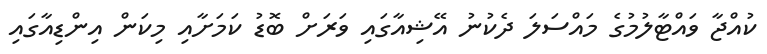
ކުއްޖާ ވައްޓާލުމުގެ މައްސަލަ ދެކުނު އޭޝިއާގައި ވަރަށް ބޮޑު ކަމަށާއި މިކަން އިންޑިއާގައި